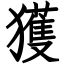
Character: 獲